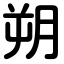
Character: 朔